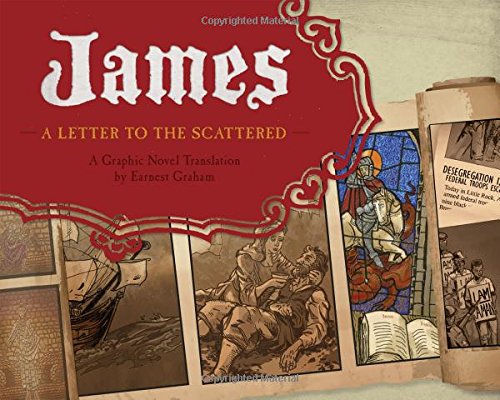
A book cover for James: A Letter to the Scattered; Earnest Graham; Comics & Graphic Novels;